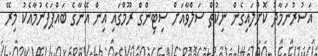
އަސުރުނަމާދު ކޮށްލައިގެން ނިކުތް ސަލްވާއަށް ސިޓިންގް ރޫމްގައި އިން އޭނާގެ ބައްޕަފެނުމާއެކު މިރޭ